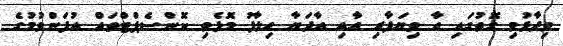
ވިދާޅުވި ގޮތުގައި އާ ވިޔަފާރި އާއި އާދަޔާ ހިލާފު މޮޅެތި ކޮންސެޕްޓްތައް އުފަންވުމުގެ